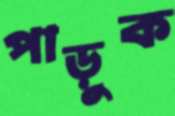
পাড়ুক